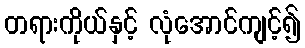
တရားကိုယ်နှင့် လုံအောင်ကျင့်၍